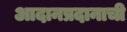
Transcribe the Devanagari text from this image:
आदानप्रदानाची